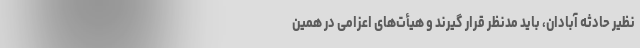
نظیر حادثه آبادان، باید مدنظر قرار گیرند و هیأت‌های اعزامی در همین